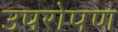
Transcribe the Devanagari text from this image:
उपरोपण